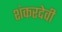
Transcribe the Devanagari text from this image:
शंकरदेवी